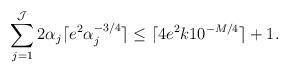
LaTeX: \begin{align*} \sum^{\mathcal{J}}_{j=1} 2\alpha_{j}\lceil e^2\alpha^{-3/4}_j \rceil \leq \lceil 4e^2k10^{-M/4}\rceil+1.\end{align*}